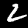
Label: 2